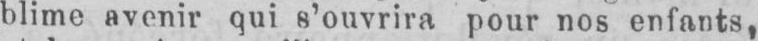
blime avenir qui s’ouvrira pour nos enfants,